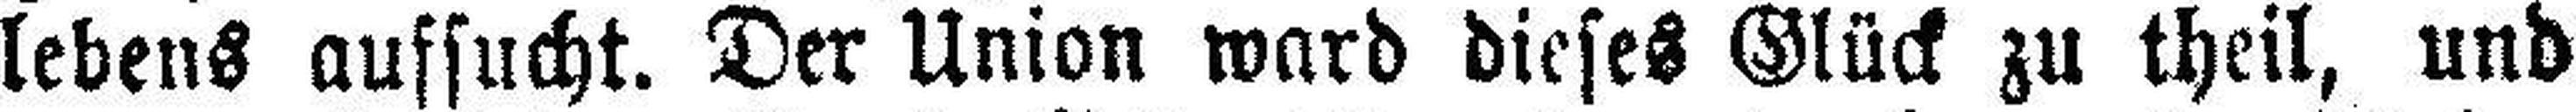
lebens aufsucht. Der Union ward dieses Glück zu theil, und